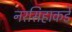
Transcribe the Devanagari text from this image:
नरसिहाकडे